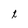
Character: t